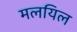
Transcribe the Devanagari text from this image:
मलयिल